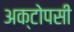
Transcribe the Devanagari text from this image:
अक्टोपसी